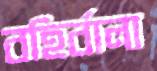
বহির্বালা